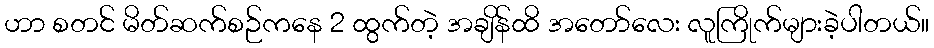
ဟာ စတင် မိတ်ဆက်စဉ်ကနေ 2 ထွက်တဲ့ အချိန်ထိ အတော်လေး လူကြိုက်များခဲ့ပါတယ်။